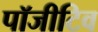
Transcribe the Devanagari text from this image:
पॉजीटिव